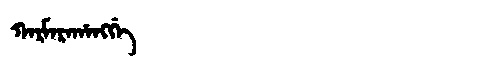
Manchu: ᡴᠠᡵᠮᠠᡵᠠᡥᠠᠩᡤᡝ
Romanization: KARMARAHANGGE